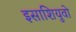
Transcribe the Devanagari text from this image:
इसाशियुवो